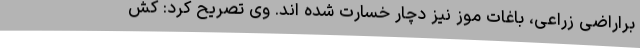
براراضی زراعی، باغات موز نیز دچار خسارت شده اند. وی تصریح کرد: کش